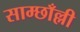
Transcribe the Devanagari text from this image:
साम्छाँल्ली